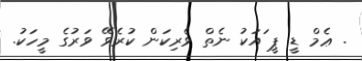
. ޢެމް ޑީ ޕީ ައަކު ނެތް ވެރިކަން ކުރެވޭ ވަރުގެ މީހަކު.